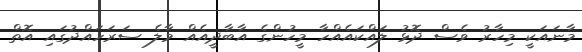
މާނައަކީ މިހާރު ވެސް ދޮޅު ލައްކައެއްހާ މީހުންގެ އާބާދީއެއް މާލެ ސަރަހައްދުގައި އޮތް